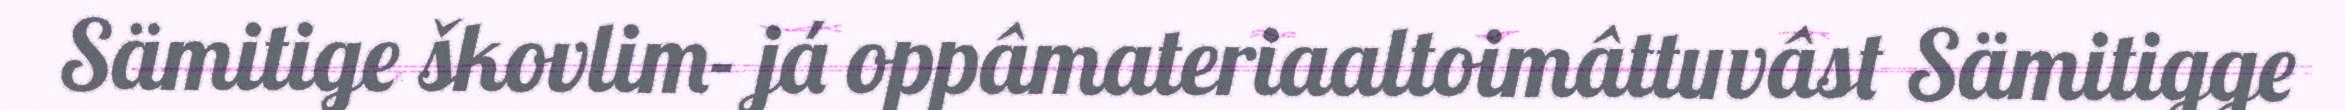
Sämitige škovlim- já oppâmateriaaltoimâttuvâst Sämitigge